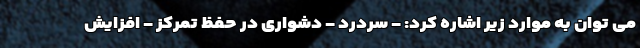
می توان به موارد زیر اشاره کرد: - سردرد - دشواری در حفظ تمرکز - افزایش